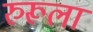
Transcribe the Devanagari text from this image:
रुरूला